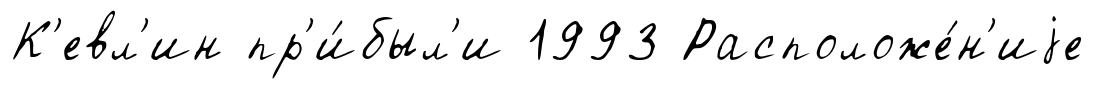
К'евл'ин пр'и́был'и 1993 Расположе́н'иjе